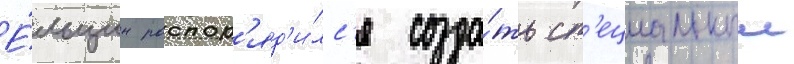
Е́льцин распор'яд'и́лс'я созда́ть сп'ециальныи